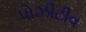
પોઝીટીવ